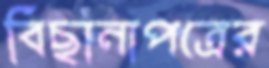
বিছানাপত্রের